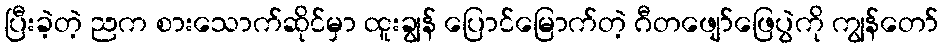
ပြီးခဲ့တဲ့ ညက စားသောက်ဆိုင်မှာ ထူးချွန် ပြောင်မြောက်တဲ့ ဂီတဖျော်ဖြေပွဲကို ကျွန်တော်